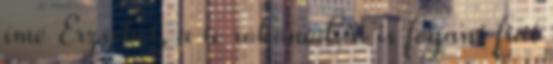
ímé Erzsébet, a te rokonod, ő is fogant fiat